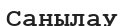
Санылау